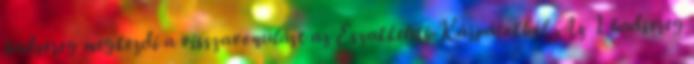
hadsereg megkezdi a visszavonulást az Északkeleti-Kárpátokból. Az 1. hadsereg